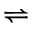
\rightleftharpoons